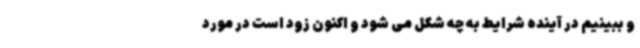
و ببینیم در آینده شرایط به چه شکل می شود و اکنون زود است در مورد